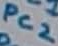
Text: PC2